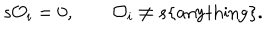
LaTeX: s { \cal O } _ { i } = 0 , \quad \quad { \cal O } _ { i } \ne s \{ \mathrm { a n y t h i n g } \} .